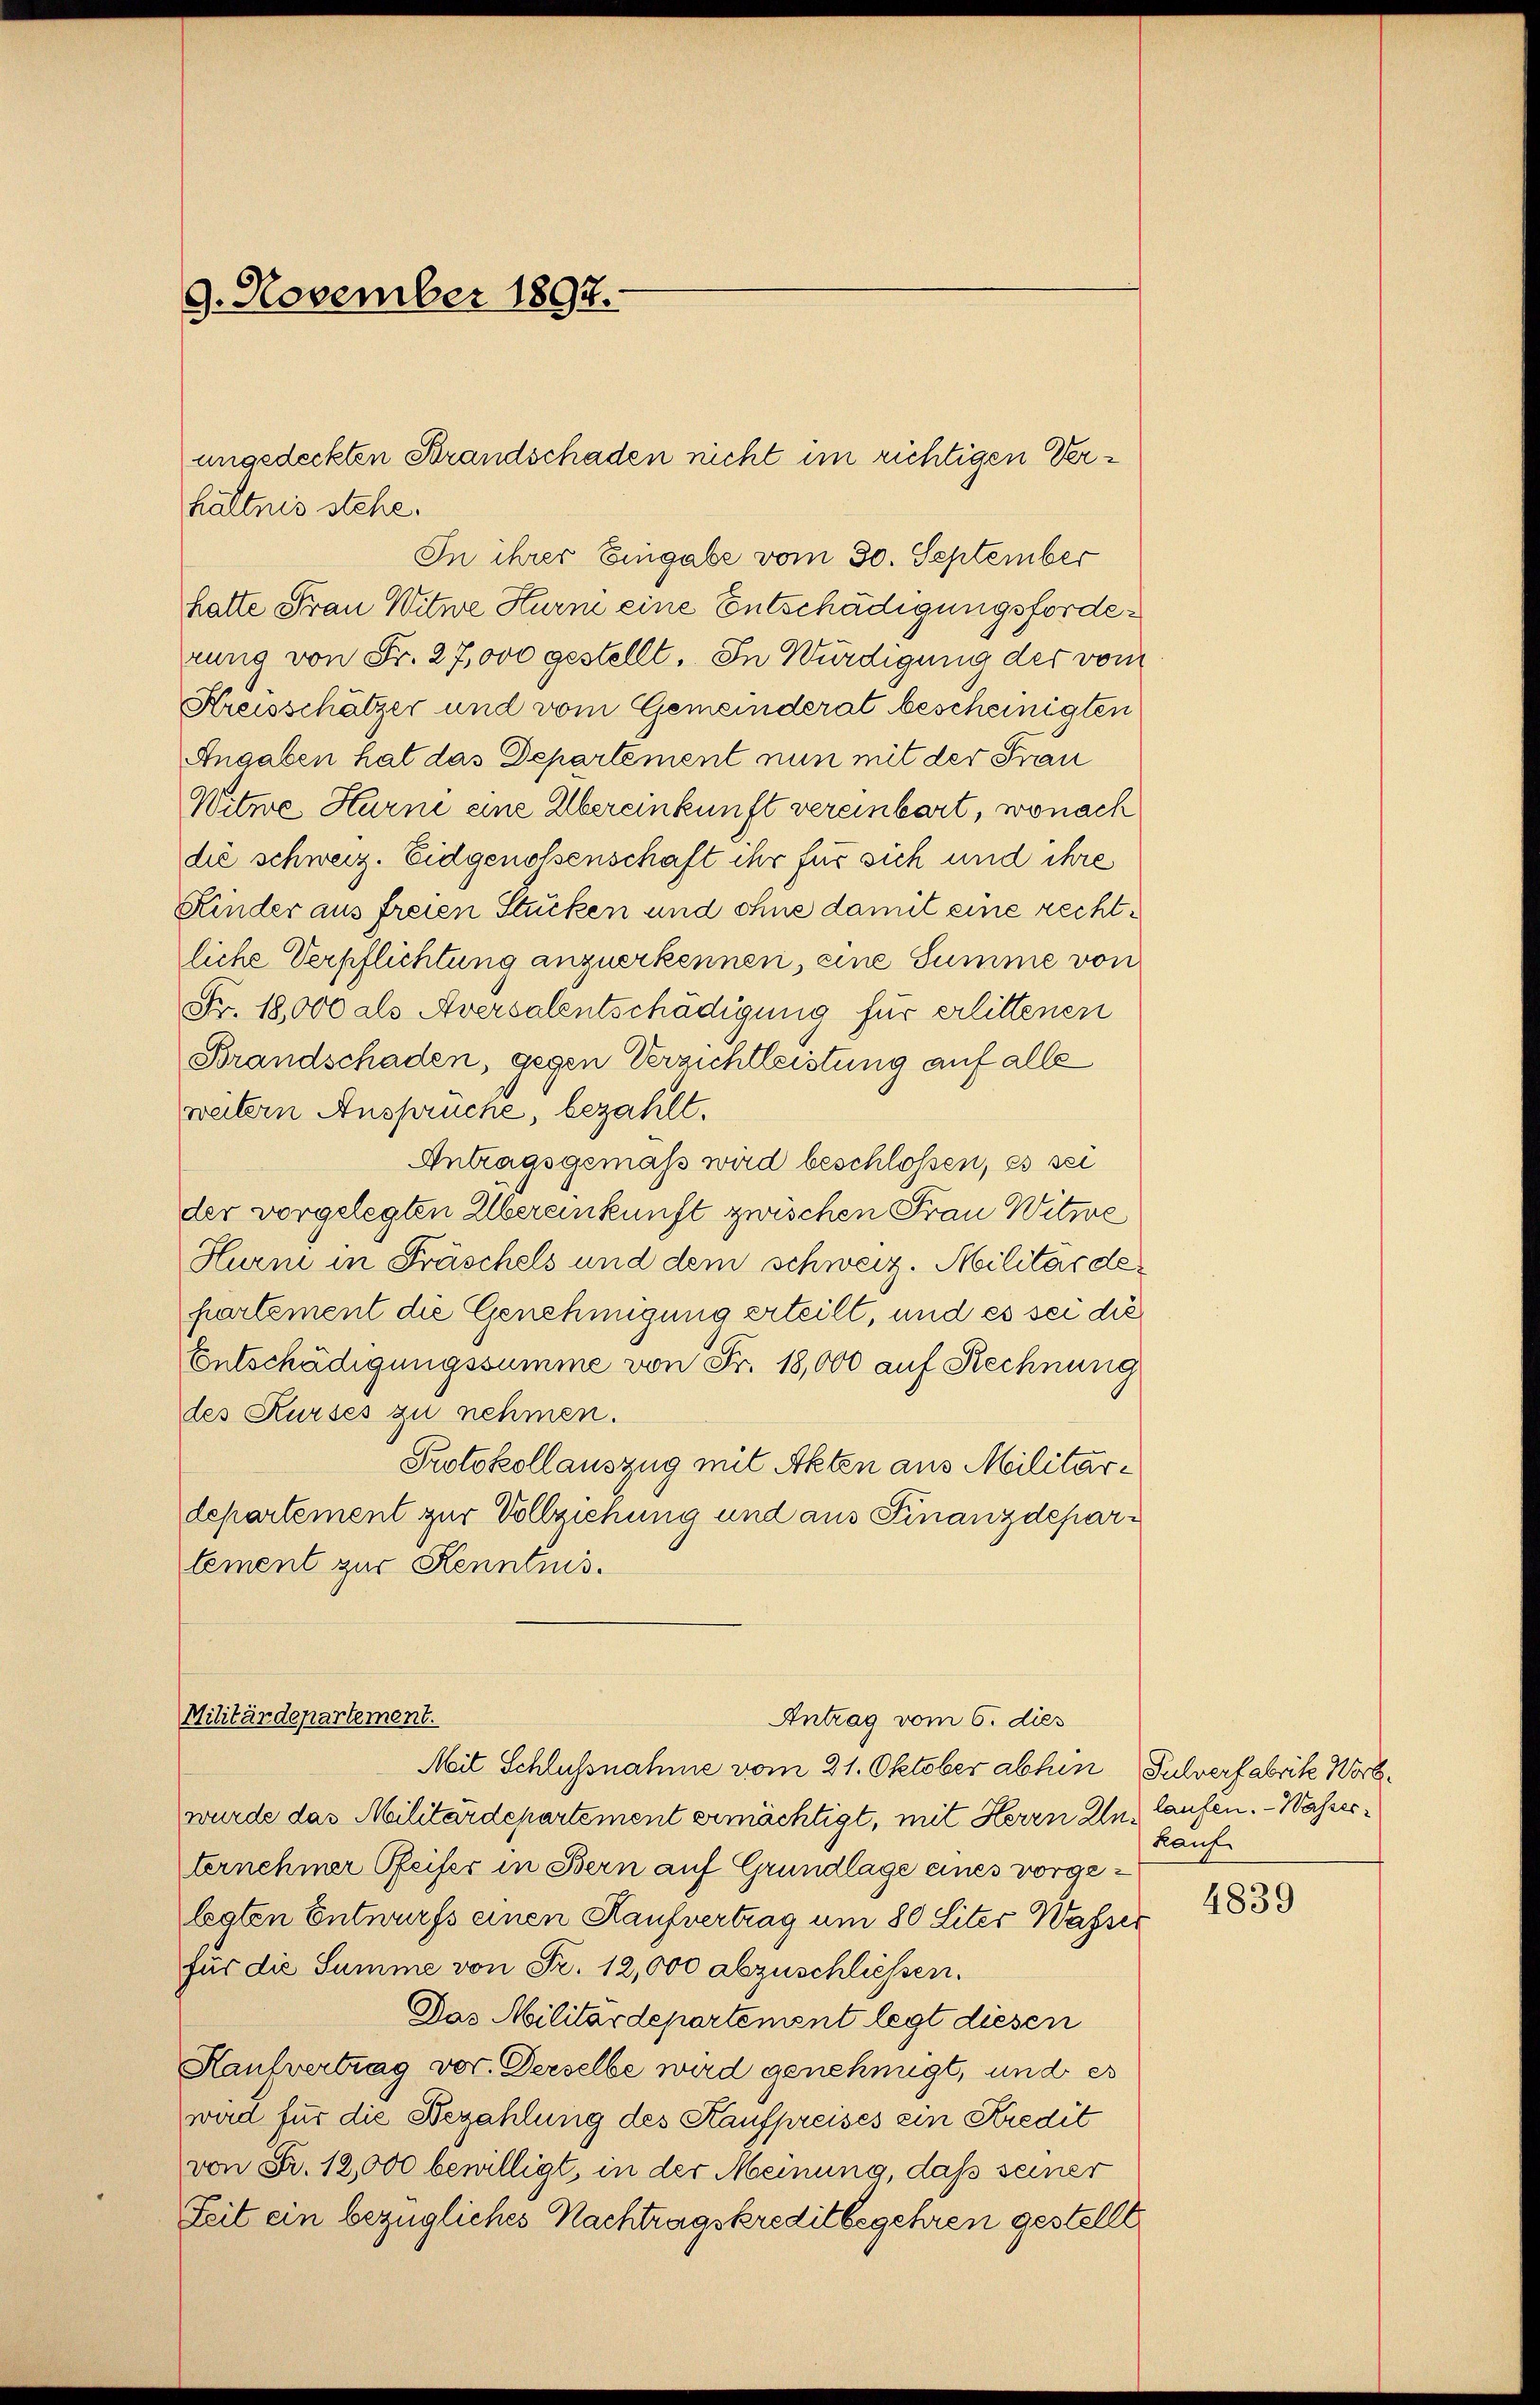
9. November 1897.

hältnis stehe.
In ihrer Eingabe vom 30. September
hatte Frau Witwe Hurn eine Entschädigungsforderung von Fr. 27,000 gestellt. In Würdigung der vom
Kreisschätzer und vom Gemeinderat bescheinigten
Angaben hat das Departement nun mit der Frau
Witwe Harne eine Übereinkunft vereinbart, wonach
die schweiz. Eidgenossenschaft ihr für sich und ihre
Kinder aus freien Stücken und ohne damit eine rechtliche Verpflichtung anzuerkennen, eine Summe von
Fr. 18,000 als Aversalentschädigung für erlittenen
Brandschaden, gegen Verzichtleistung auf alle
weitern Ansprüche, bezahlt.
Antragsgemäß wird beschlossen, es sei
der vorgelegten Übereinkunft zwischen Frau Witwe
Hurni in Fräschels und dem schweiz. Militärdehartement die Genehmigung erteilt, und es sei die
Entschädigungssumme von Fr. 18,000 auf Rechnung
des Kurses zu nehmen.
Protokollauszug mit Akten aus Militärdepartement zur Vollziehung und aus Finanzdepartement zur Kenntnis.

angedeckten Brandschaden nicht im richtigen Ver¬

Militärdepartement.
Antrag vom 6. dies

Mit Schlussnahme vom 21. Oktober abhin Pulverfabrik Wort
wurde das Militärdepartement ermächtigt, mit Herrn Iln, laufen. - Wasserternehmer Pfeifer in Bern auf Grundlage eines vorgelegten Entwurfs einen Kaufvertrag um 80 Liter Wasser
für die Summe von Fr. 12,000 abzuschliessen.
Das Militärdepartement legt diesen
Haufvertrag vor. Derselbe wird genehmigt, und es
wird für die Bezahlung des Kaufpreises ein Kredit
von Fr. 12,000 bewilligt, in der Meinung, daß seiner
Zeit ein bezügliches Nachtragskreditbegehren gestellt

Kauf

4839